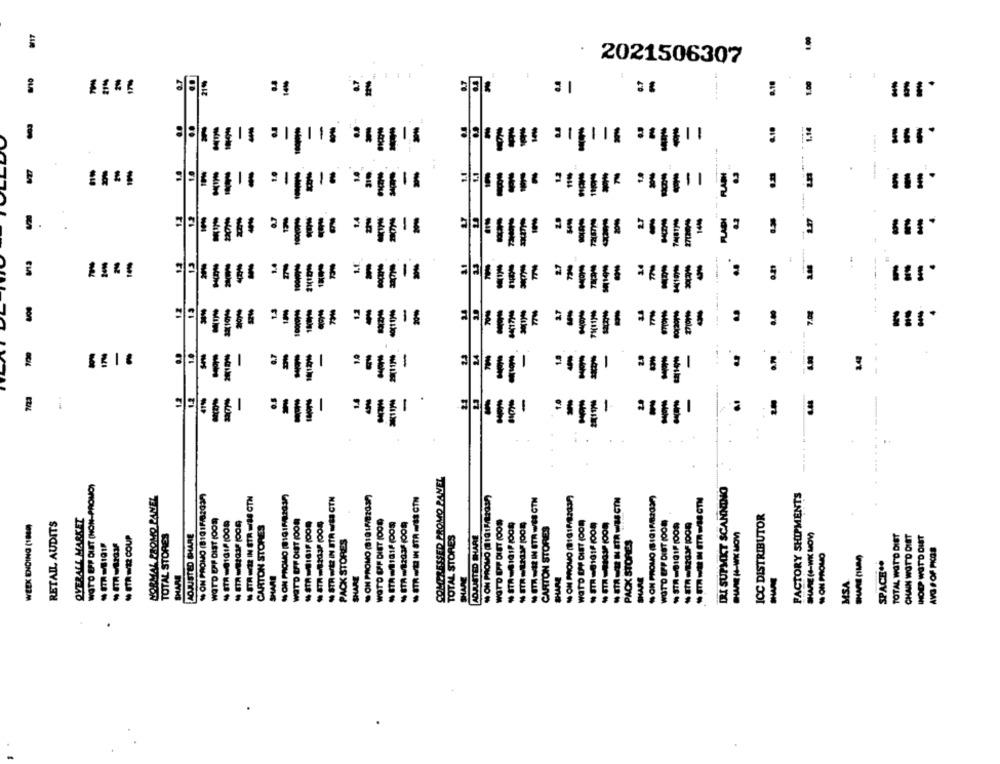
1.00
2021506307
i:
Ic
----
8.18
1.00
6.10
1.14
.
-
FLADI
..
0.40
-
E
..
COMPRESSED PROMO PAVEL
WOTO EPP DUST (NON-PROMO)
DRI SUPMKT SCANNING
NORMAL PROMO PANEL
NON PROMO (8101F/82037
STR = IN STR =/88 CTN
% ON PROMO (@1816/2037)
- STR WEIN ITA WE CTN
SON PROMO (81815/82037)
- STR WE IN STR -/88 GTN
NON PROVO (1101M/2037
STAV IN STR WEB CTN
NON PROMO (8181F/82337)
ON PROMO (BIG1R82037)
FACTORY SHIPMENTS
OVERALL MARKET
WATD EFF DIST (OON
WOTO UPP DIST 1000
WOTD UPP DIET (DOS
WOTD DPF DIET (OOm
WUT'D EPP DIST (001)
ICC DISTRIBUTOR
WEEK ENDING (1849)
RETAIL AUDITS
CARTON STORES
* STA -181/ (005
CARTON STORES
₩ ETRWA COUP
TOTAL STORES
ADJUSTED SHARE
TOTAL STORES
ADJUSTED SHARE
SHARE (4-WK MOW)
TOTAL WAT'O DIET
CHAIN WOTD DIET
HOPP WITD DIST
PACK STORES
PACK STORES
AVO F OF PKOS
- ON PROMO
SPACE ..
HARE
SHARE
SHARE
SHARE
SHARE
MSA
.